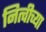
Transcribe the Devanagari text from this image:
नित्चीच्या